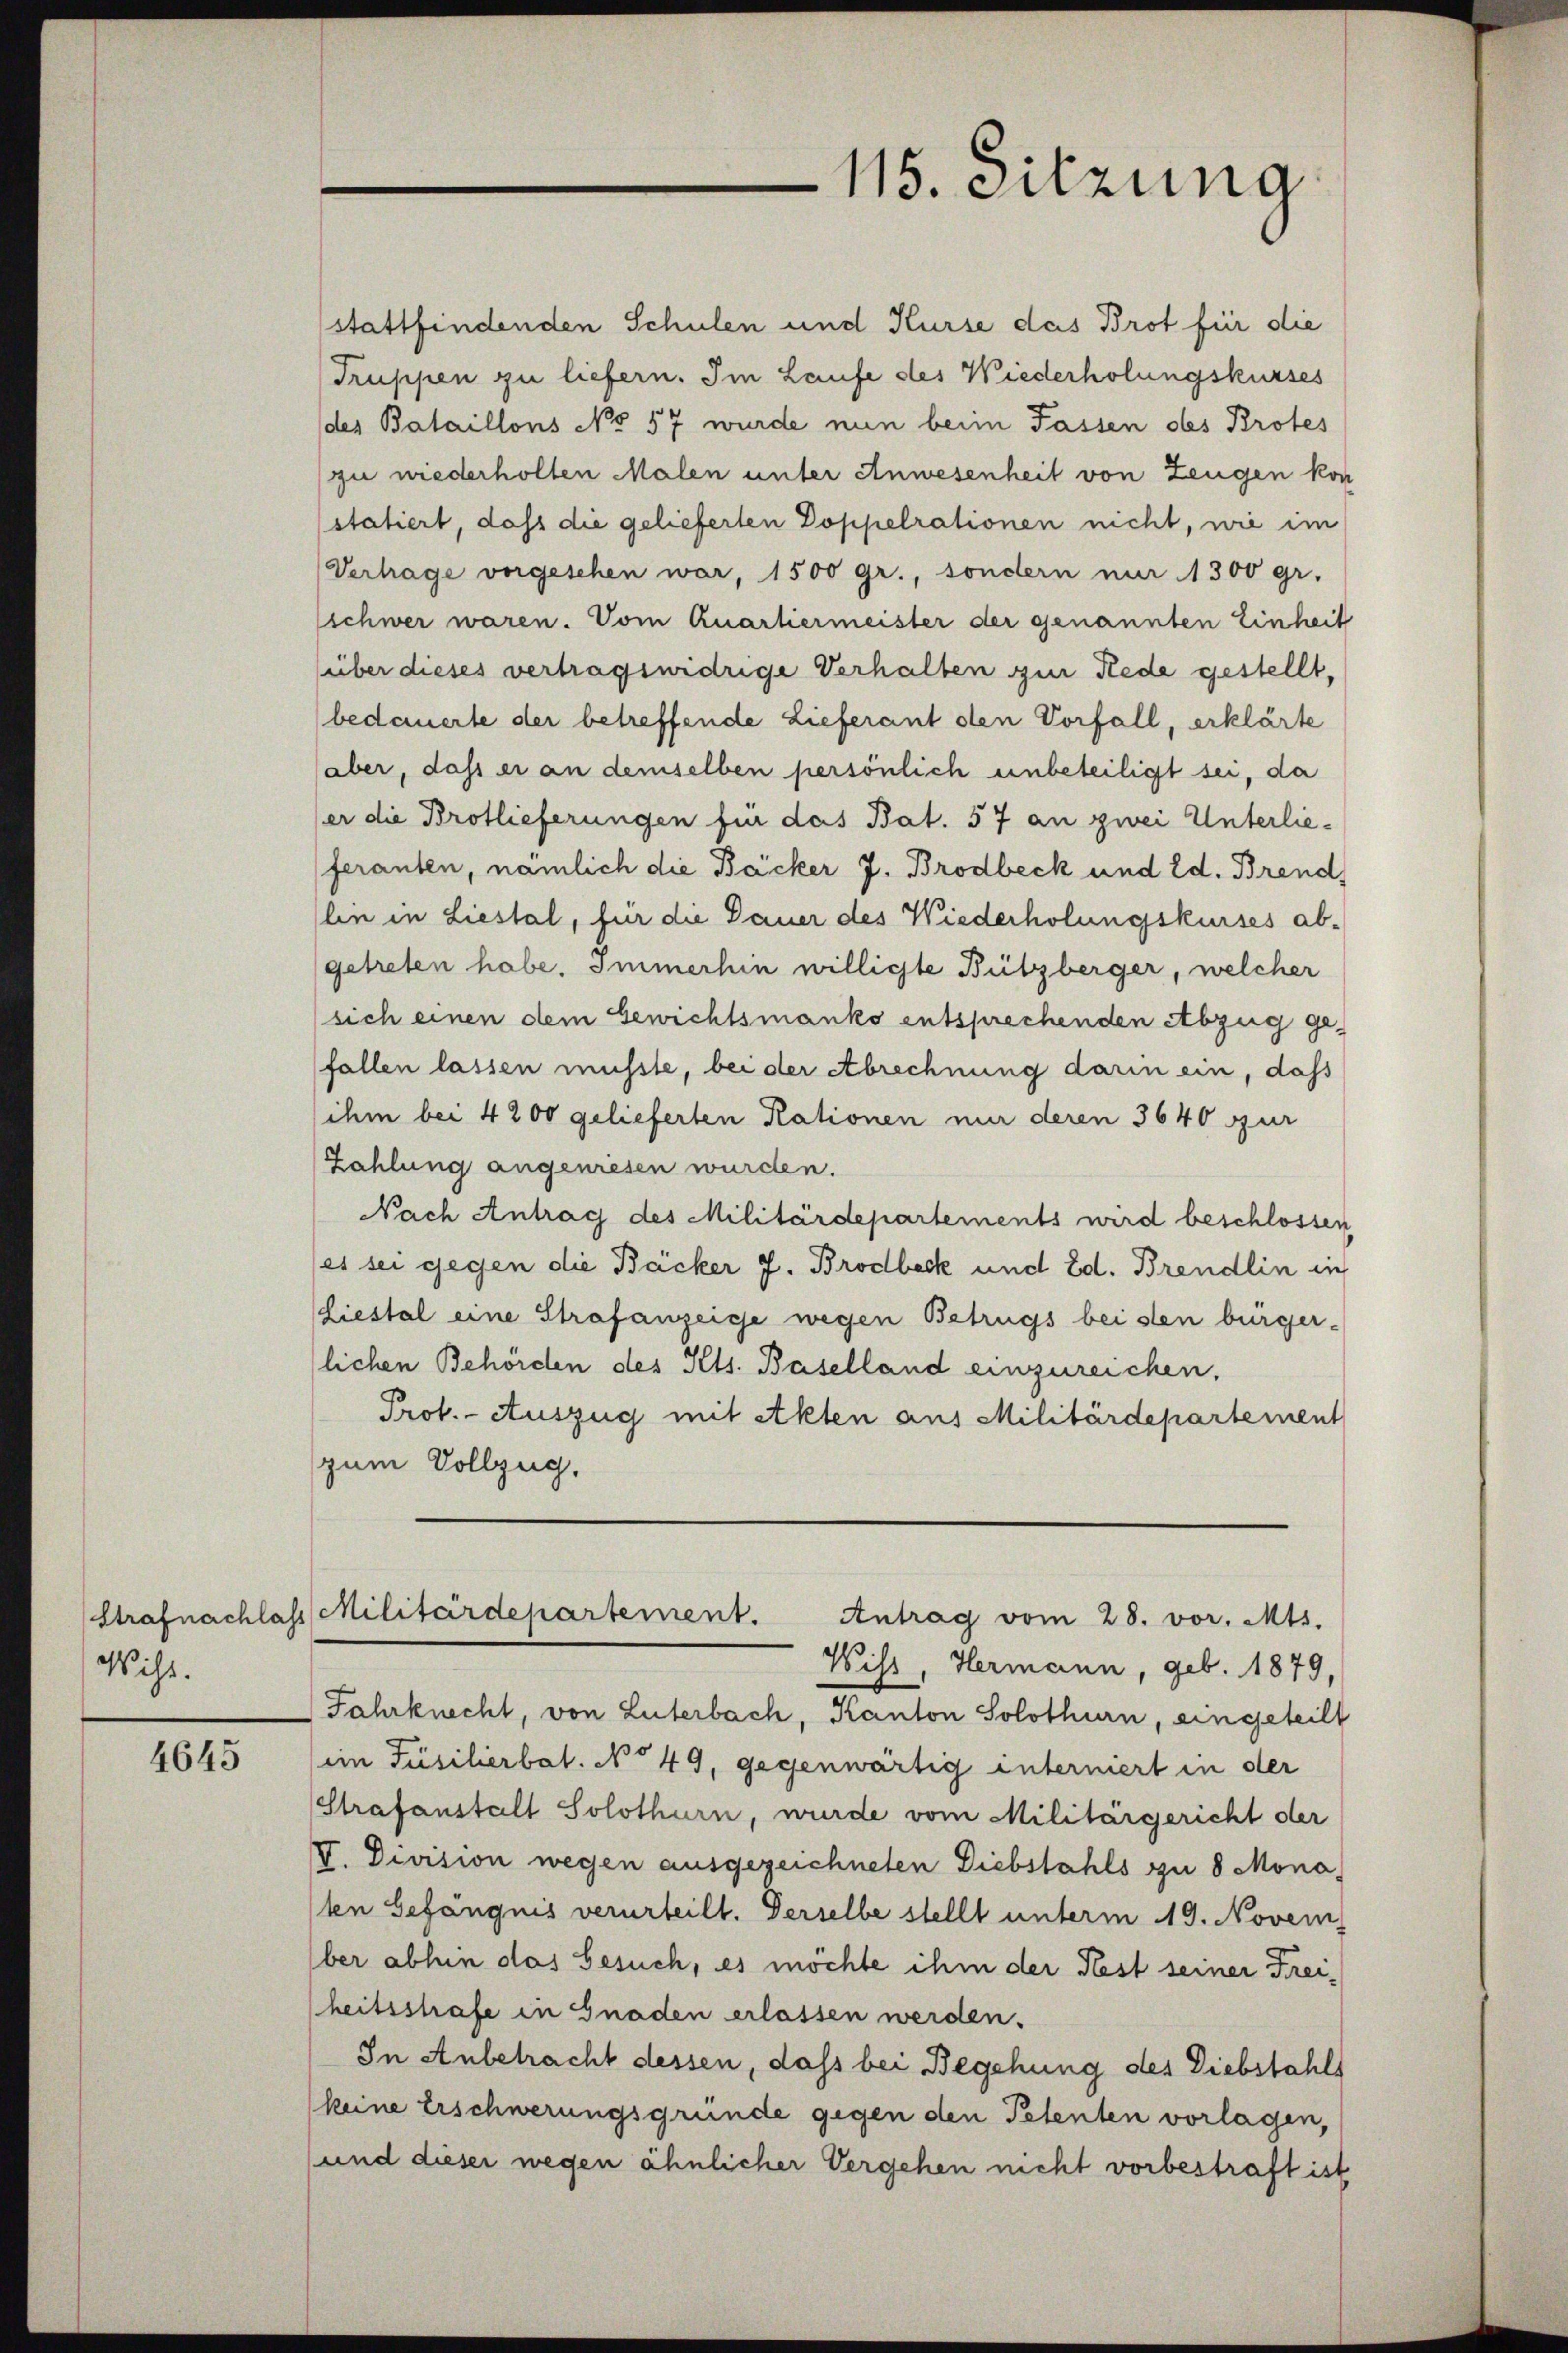
Wiss

4645

stattfindenden Schulen und Kurse das Brot für die
Truppen zu liefern. Im Laufe des Wiederholungskurses
des Bataillons No 57 wurde nun beim Passen obs Brotes
zu niederholten Malen unter Anwesenheit von Zeugen kon
statiert, dass die gelieferten Doppelrationen nicht, wie im
Verhage vorgesehen war, 1500 gr., sondern nur 1300 gr.
schwer waren. Vom Quartiermeister der genannten Einheit
(über dieses vertragswidrige Verhalten zur Rede gestellt,
bedauerte der betreffende Lieferant den Vorfall, erklärte
(aber, dass er an demselben persönlich unbeteiligt sei, da
(er die Brotlieferungen für das Bat. 57 an zwei Unterlieferanten, nämlich die Bäcker J. Brodbeck und Ed. Brend,
lin in Liestal, für die Dauer des Wiederholungskurses ab-
getreten habe. Immerhin willigte Bützberger, welcher
sich einen dem Gewichtsmanko entsprechenden Abzug gefallen lassen müsste, bei der Abrechnung darin ein, dass
ihm bei 4200 gelieferten Rationen um deren 3640 zur
Zahlung angewiesen wurden.
Nach Antrag des Militärdepartements wird beschlossen
(es sei gegen die Bäcker J. Brodbeck und Ed. Brendlin in
(Liestal eine Strafanzeige wegen Betrugs bei sten bürgerlichen Behörden des Kts. Baselland einzureichen.
Prof. Auszug mit Akten aus Militärdepartement
(zum Vollzug.
(Strafnachlass Militärdepartement.
Antrag vom 28. vor. Mts.
Kiss, Hermann, geb. 1879,
Jahrknecht, von Luterbach, Kanton Solothurn, eingeteilt
im Füsilierbat. No 49, gegenwärtig internert in der
Strafanstalt Solothurn, wurde vom Militärgericht der
V. Division wegen ausgezeichneten Diebstahls zu 8 Mona
ten Gefängnis verurteilt. Derselbe stellt unterm 19. Novem
ber abhin das Gesuch, es möchte ihm der Fest seiner Freiheitsstrafe in Gnaden erlassen werden.
In Anbetracht dessen, dass bei Begehung des Diebstahls
keine Erschwerungsgründe gegen den Petenten vorlagen,
und dieser wegen ähnlicher Vergehen nicht vorbestraft ist

115. Sitzung